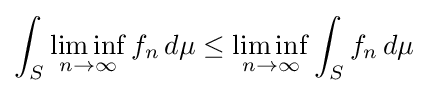
\int _{S}\liminf _{n\to \infty }f_{n}\,d\mu \leq \liminf _{n\to \infty }\int _{S}f_{n}\,d\mu